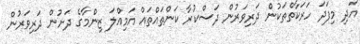
އަދި މިފަދަ ހަރަކާތްތަކުން ދަރިވަރުން ދަސްކުރާ ކަންތައްތައް އަމިއްލަ ޒިންމާގެ ދަށުން ދަރިވަރުން